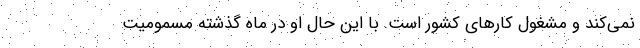
نمی‌کند و مشغول کارهای کشور است. با این حال او در ماه گذشته مسمومیت